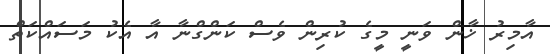
އާމިރު ޚާން ވަނީ މީގެ ކުރިން ވެސް ކަންގްނާ އާ އެކު މަސައްކަތް